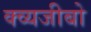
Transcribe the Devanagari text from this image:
क्व्यजीबो